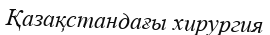
Қазақстандағы хирургия